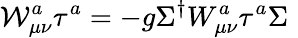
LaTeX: {\cal W}_{\mu\nu}^{a}\tau^{a}=-g\Sigma^{\dagger}W_{\mu\nu}^{a}\tau^{a}\Sigma\, \,